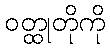
ဝတ္ထုတိုကို